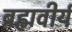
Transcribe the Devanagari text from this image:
ब्रह्मवीर्य